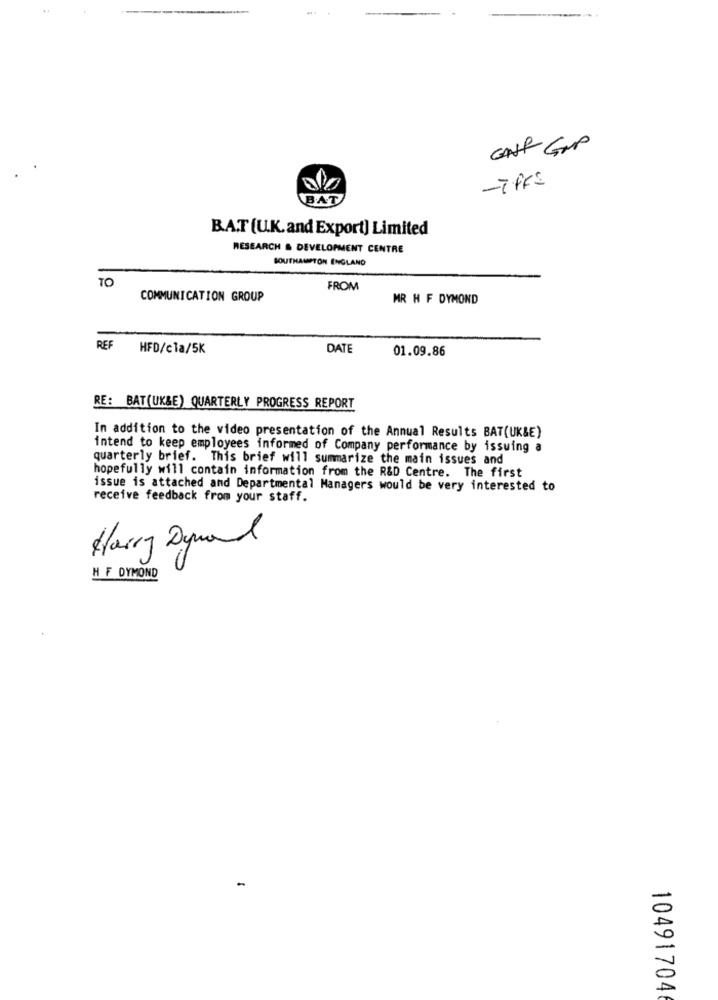
GAR GMP
-iPrs
BAT
B.A.T (U.K.and Export] Limited
RESEARCH & DEVELOPMENT CENTRE
SOUTHAMPTON ENGLAND
TO
FROM
COMMUNICATION GROUP
MR H F DYMOND
REF
HFD/cla/5K
DATE
01.09.86
RE: BAT(UK&E) QUARTERLY PROGRESS REPORT
In addition to the video presentation of the Annual Results BAT(UK&E)
intend to keep employees informed of Company performance by issuing a
quarterly brief. This brief will summarize the main issues and
hopefully will contain information from the R&D Centre. The first
issue is attached and Departmental Managers would be very interested to
receive feedback from your staff.
Harry Dyrand
H F DYMOND
-
10491704